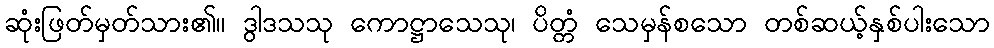
ဆုံးဖြတ်မှတ်သား၏။ ဒွါဒသသု ကောဋ္ဌာသေသု၊ ပိတ္တံ သေမှန်စသော တစ်ဆယ့်နှစ်ပါးသော